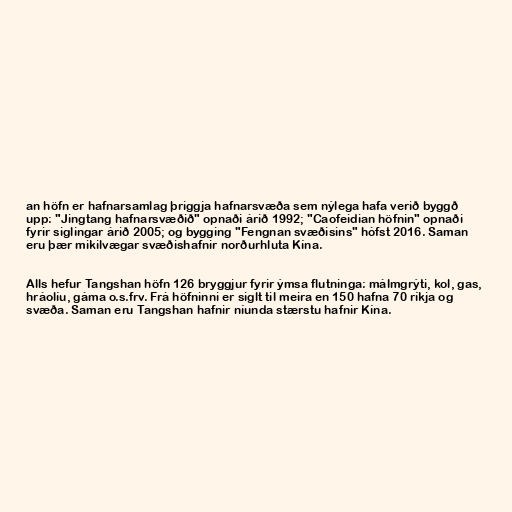
an höfn er hafnarsamlag þriggja hafnarsvæða sem nýlega hafa verið byggð
upp: "Jingtang hafnarsvæðið" opnaði árið 1992; "Caofeidian höfnin" opnaði
fyrir siglingar árið 2005; og bygging "Fengnan svæðisins" hófst 2016. Saman
eru þær mikilvægar svæðishafnir norðurhluta Kína.

Alls hefur Tangshan höfn 126 bryggjur fyrir ýmsa flutninga: málmgrýti, kol, gas,
hráolíu, gáma o.s.frv. Frá höfninni er siglt til meira en 150 hafna 70 ríkja og
svæða. Saman eru Tangshan hafnir níunda stærstu hafnir Kína.